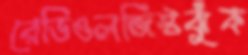
রেডিওলজিস্টঝুঁক